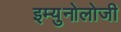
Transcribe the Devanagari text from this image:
इम्युनोलोजी